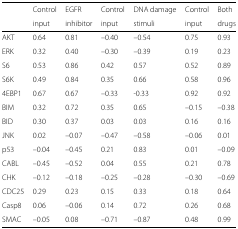
<table><thead><tr><td></td><td><b>Control</b></td><td><b>EGFR</b></td><td><b>Control</b></td><td><b>DNA damage</b></td><td><b>Control</b></td><td><b>Both</b></td></tr><tr><td></td><td><b>input</b></td><td><b>inhibitor</b></td><td><b>input</b></td><td><b>stimuli</b></td><td><b>input</b></td><td><b>drugs</b></td></tr></thead><tbody><tr><td>AKT</td><td>0.64</td><td>0.81</td><td>–0.40</td><td>–0.54</td><td>0.75</td><td>0.93</td></tr><tr><td>ERK</td><td>0.32</td><td>0.40</td><td>–0.30</td><td>–0.39</td><td>0.19</td><td>0.23</td></tr><tr><td>S6</td><td>0.53</td><td>0.86</td><td>0.42</td><td>0.57</td><td>0.52</td><td>0.89</td></tr><tr><td>S6K</td><td>0.49</td><td>0.84</td><td>0.35</td><td>0.66</td><td>0.58</td><td>0.96</td></tr><tr><td>4EBP1</td><td>0.67</td><td>0.67</td><td>–0.33</td><td>-0.33</td><td>0.92</td><td>0.92</td></tr><tr><td>BIM</td><td>0.32</td><td>0.72</td><td>0.35</td><td>0.65</td><td>–0.15</td><td>–0.38</td></tr><tr><td>BID</td><td>0.30</td><td>0.37</td><td>0.03</td><td>0.03</td><td>0.16</td><td>0.16</td></tr><tr><td>JNK</td><td>0.02</td><td>–0.07</td><td>–0.47</td><td>–0.58</td><td>–0.06</td><td>0.01</td></tr><tr><td>p53</td><td>–0.04</td><td>–0.45</td><td>0.21</td><td>0.83</td><td>0.01</td><td>–0.09</td></tr><tr><td>CABL</td><td>–0.45</td><td>–0.52</td><td>0.04</td><td>0.55</td><td>0.21</td><td>0.78</td></tr><tr><td>CHK</td><td>–0.12</td><td>–0.18</td><td>–0.25</td><td>–0.28</td><td>–0.30</td><td>–0.69</td></tr><tr><td>CDC25</td><td>0.29</td><td>0.23</td><td>0.15</td><td>0.33</td><td>0.18</td><td>0.64</td></tr><tr><td>Casp8</td><td>0.06</td><td>–0.06</td><td>0.14</td><td>0.72</td><td>0.26</td><td>0.68</td></tr><tr><td>SMAC</td><td>–0.05</td><td>0.08</td><td>–0.71</td><td>–0.87</td><td>0.48</td><td>0.99</td></tr></tbody></table>